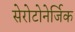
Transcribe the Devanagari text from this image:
सेरोटोनेर्जिक